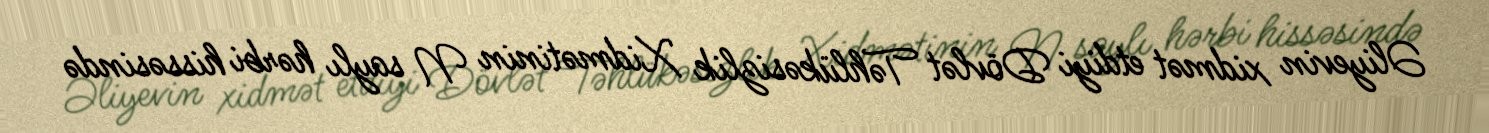
Əliyevin xidmət etdiyi Dövlət Təhlükəsizlik Xidmətinin N saylı hərbi hissəsində